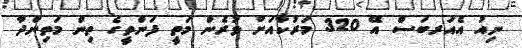
ނިއު އެއަރބަސް އޭ 320 މަރުކާއަށް ވުރެން މަތީ ފަންތީގެ ތިން މަތިންދާ